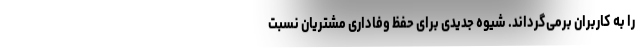
را به کاربران برمی‌گرداند. شیوه جدیدی برای حفظ وفاداری مشتریان نسبت